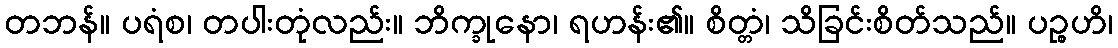
တဘန်။ ပရံစ၊ တပါးတုံလည်း။ ဘိက္ခုနော၊ ရဟန်း၏။ စိတ္တံ၊ သိခြင်းစိတ်သည်။ ပဉ္စဟိ၊